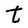
Character: t